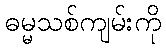
ဓမ္မသစ်ကျမ်းကို